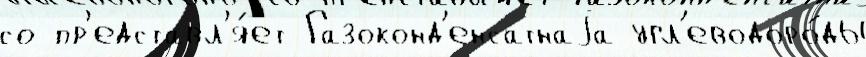
со пр'едставл'я́ет Газоконд'енсатнаjа угл'еводоро́ды